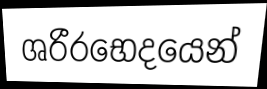
ශරීරභෙදයෙන්